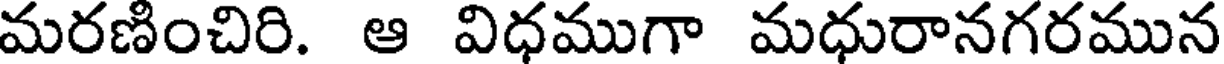
మరణించిరి. ఆ విధముగా మధురానగరమున